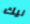
نيك